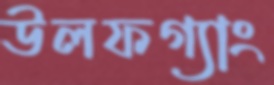
উলফগ্যাং